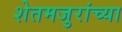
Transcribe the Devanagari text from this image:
शेतमजुरांच्या